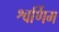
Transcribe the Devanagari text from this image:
श्वर्णिम